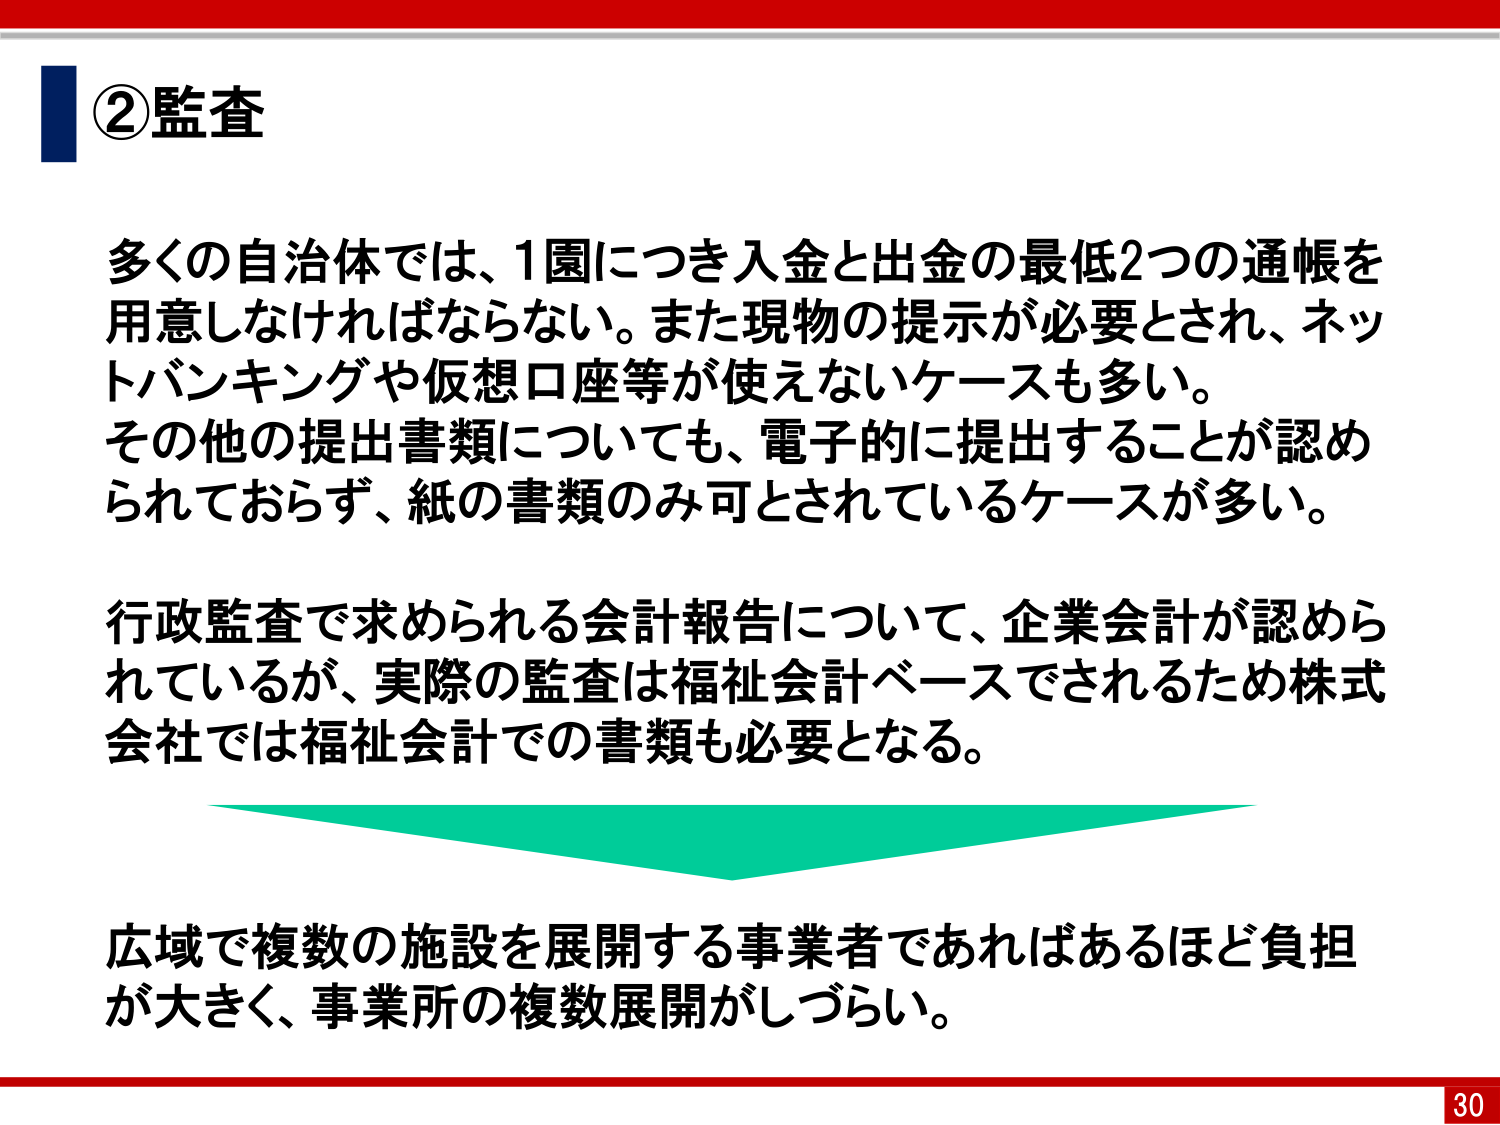
②監査

多くの自治体では、1園につき入金と出金の最低2つの通帳を用意しなければならない。また現物の提示が必要とされ、ネットバンキングや仮想口座等が使えないケースも多い。その他の提出書類についても、電子的に提出することが認められておらず、紙の書類のみ可とされているケースが多い。

行政監査で求められる会計報告について、企業会計が認められているが、実際の監査は福祉会計ベースでされるため株式会社では福祉会計での書類も必要となる。

広域で複数の施設を展開する事業者であればあるほど負担が大きく、事業所の複数展開がしづらい。

30